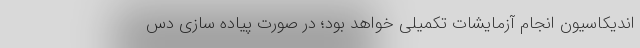
اندیکاسیون انجام آزمایشات تکمیلی خواهد بود؛ در صورت پیاده سازی دس